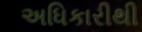
અધિકારીથી